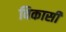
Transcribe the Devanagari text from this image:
विकासी